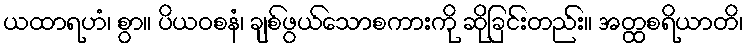
ယထာရဟံ၊ စွာ။ ပိယဝစနံ၊ ချစ်ဖွယ်သောစကားကို ဆိုခြင်းတည်း။ အတ္ထစရိယာတိ၊